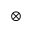
\otimes